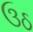
ઉઠ